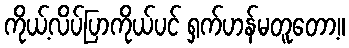
ကိုယ့်လိပ်ပြာကိုယ်ပင် ရှက်ဟန်မတူတော့။